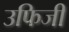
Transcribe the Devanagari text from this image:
उफिजी